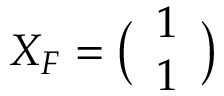
X _ { F } = \big ( \begin{array} { l } { 1 } \\ { 1 } \end{array} \big )